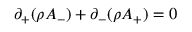
\partial _ { + } ( \rho A _ { - } ) + \partial _ { - } ( \rho A _ { + } ) = 0